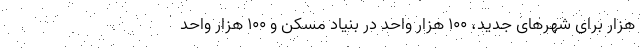
هزار برای شهرهای جدید، ۱۰۰ هزار واحد در بنیاد مسکن و ۱۰۰ هزار واحد